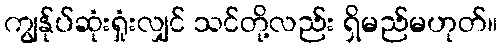
ကျွန်ုပ်ဆုံးရှုံးလျှင် သင်တို့လည်း ရှိမည်မဟုတ်။